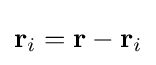
{\textstyle \mathbf {r} _{i}=\mathbf {r} -\mathbf {r} _{i}}